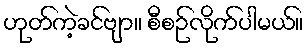
ဟုတ်ကဲ့ခင်ဗျာ။ စီစဉ်လိုက်ပါမယ်။